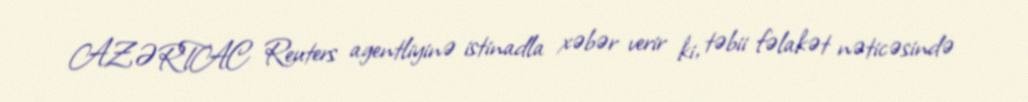
AZƏRTAC Reuters agentliyinə istinadla xəbər verir ki, təbii fəlakət nəticəsində